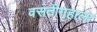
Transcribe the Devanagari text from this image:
वसतीगृहाला